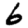
Digit: 6